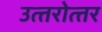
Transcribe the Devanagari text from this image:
उत्‍तरोत्‍तर